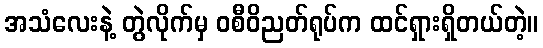
အသံလေးနဲ့ တွဲလိုက်မှ ဝစီဝိညတ်ရုပ်က ထင်ရှားရှိတယ်တဲ့။